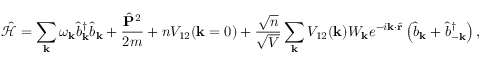
\mathcal { \hat { H } } = \sum _ { \mathbf { k } } \omega _ { \mathbf { k } } \hat { b } _ { \mathbf { k } } ^ { \dagger } \hat { b } _ { \mathbf { k } } + \frac { \hat { \mathbf { P } } ^ { 2 } } { 2 m } + n V _ { \mathrm { 1 2 } } ( \mathbf { k } = 0 ) + \frac { \sqrt { n } } { \sqrt { V } } \sum _ { \mathbf { k } } V _ { \mathrm { 1 2 } } ( \mathbf { k } ) W _ { \mathbf { k } } e ^ { - i \mathbf { k } \cdot \hat { \mathbf { r } } } \left( \hat { b } _ { \mathbf { k } } + \hat { b } _ { - \mathbf { k } } ^ { \dagger } \right) ,